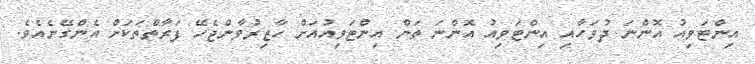
އިންޓަވިއު އޮންނަ ދުވަހާއި އިންޓަވިއު އޮންނަ ތަން އިންޓަވިއުއަށް ހާޒިރުވާންޖެހޭ ފަރާތްތަކަށް އެންގޭނެއެވެ.